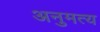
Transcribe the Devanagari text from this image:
अनुमत्य